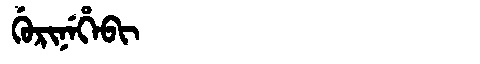
Manchu: ᡤᡠᡵᡳᠨᡝᡥᡝᠪᡳ
Romanization: GURINEHEBI